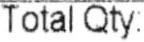
TOTAL QTY: